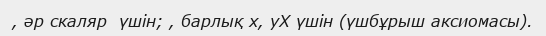
, әр скаляр  үшін; , барлық х, уХ үшін (үшбұрыш аксиомасы).